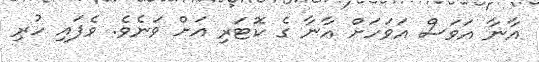
އާނާ އަވަސް އަވަހަށް އާނާ ގެ ކޮޓަރި އަށް ވަނެވެ. ވެފައި ހުރި